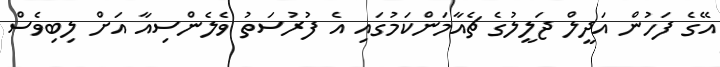
އޭގެ ފަހުން އަދީލް ޖަލީލުގެ ޗެއާމަންކަމުގައި އެ ފުރުސަތު ވެލެންސިއާ އަށް ލިބިވެސް